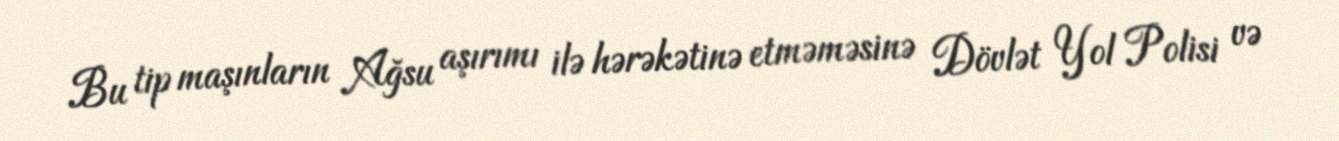
Bu tip maşınların Ağsu aşırımı ilə hərəkətinə etməməsinə Dövlət Yol Polisi və